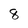
Character: 8